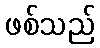
ဖစ်သည်